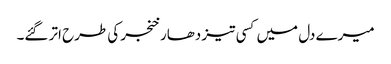
میرے دل میں کسی تیز دھار خنجر کی طرح اتر گئے۔